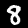
Label: 8